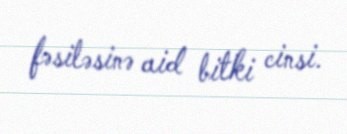
fəsiləsinə aid bitki cinsi.